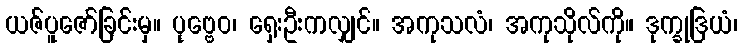
ယဇ်ပူဇော်ခြင်းမှ။ ပုဗ္ဗေဝ၊ ရှေးဦးကလျှင်။ အကုသလံ၊ အကုသိုလ်ကို။ ဒုက္ခုဒြယံ၊